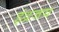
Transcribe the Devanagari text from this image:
इंद्रजय